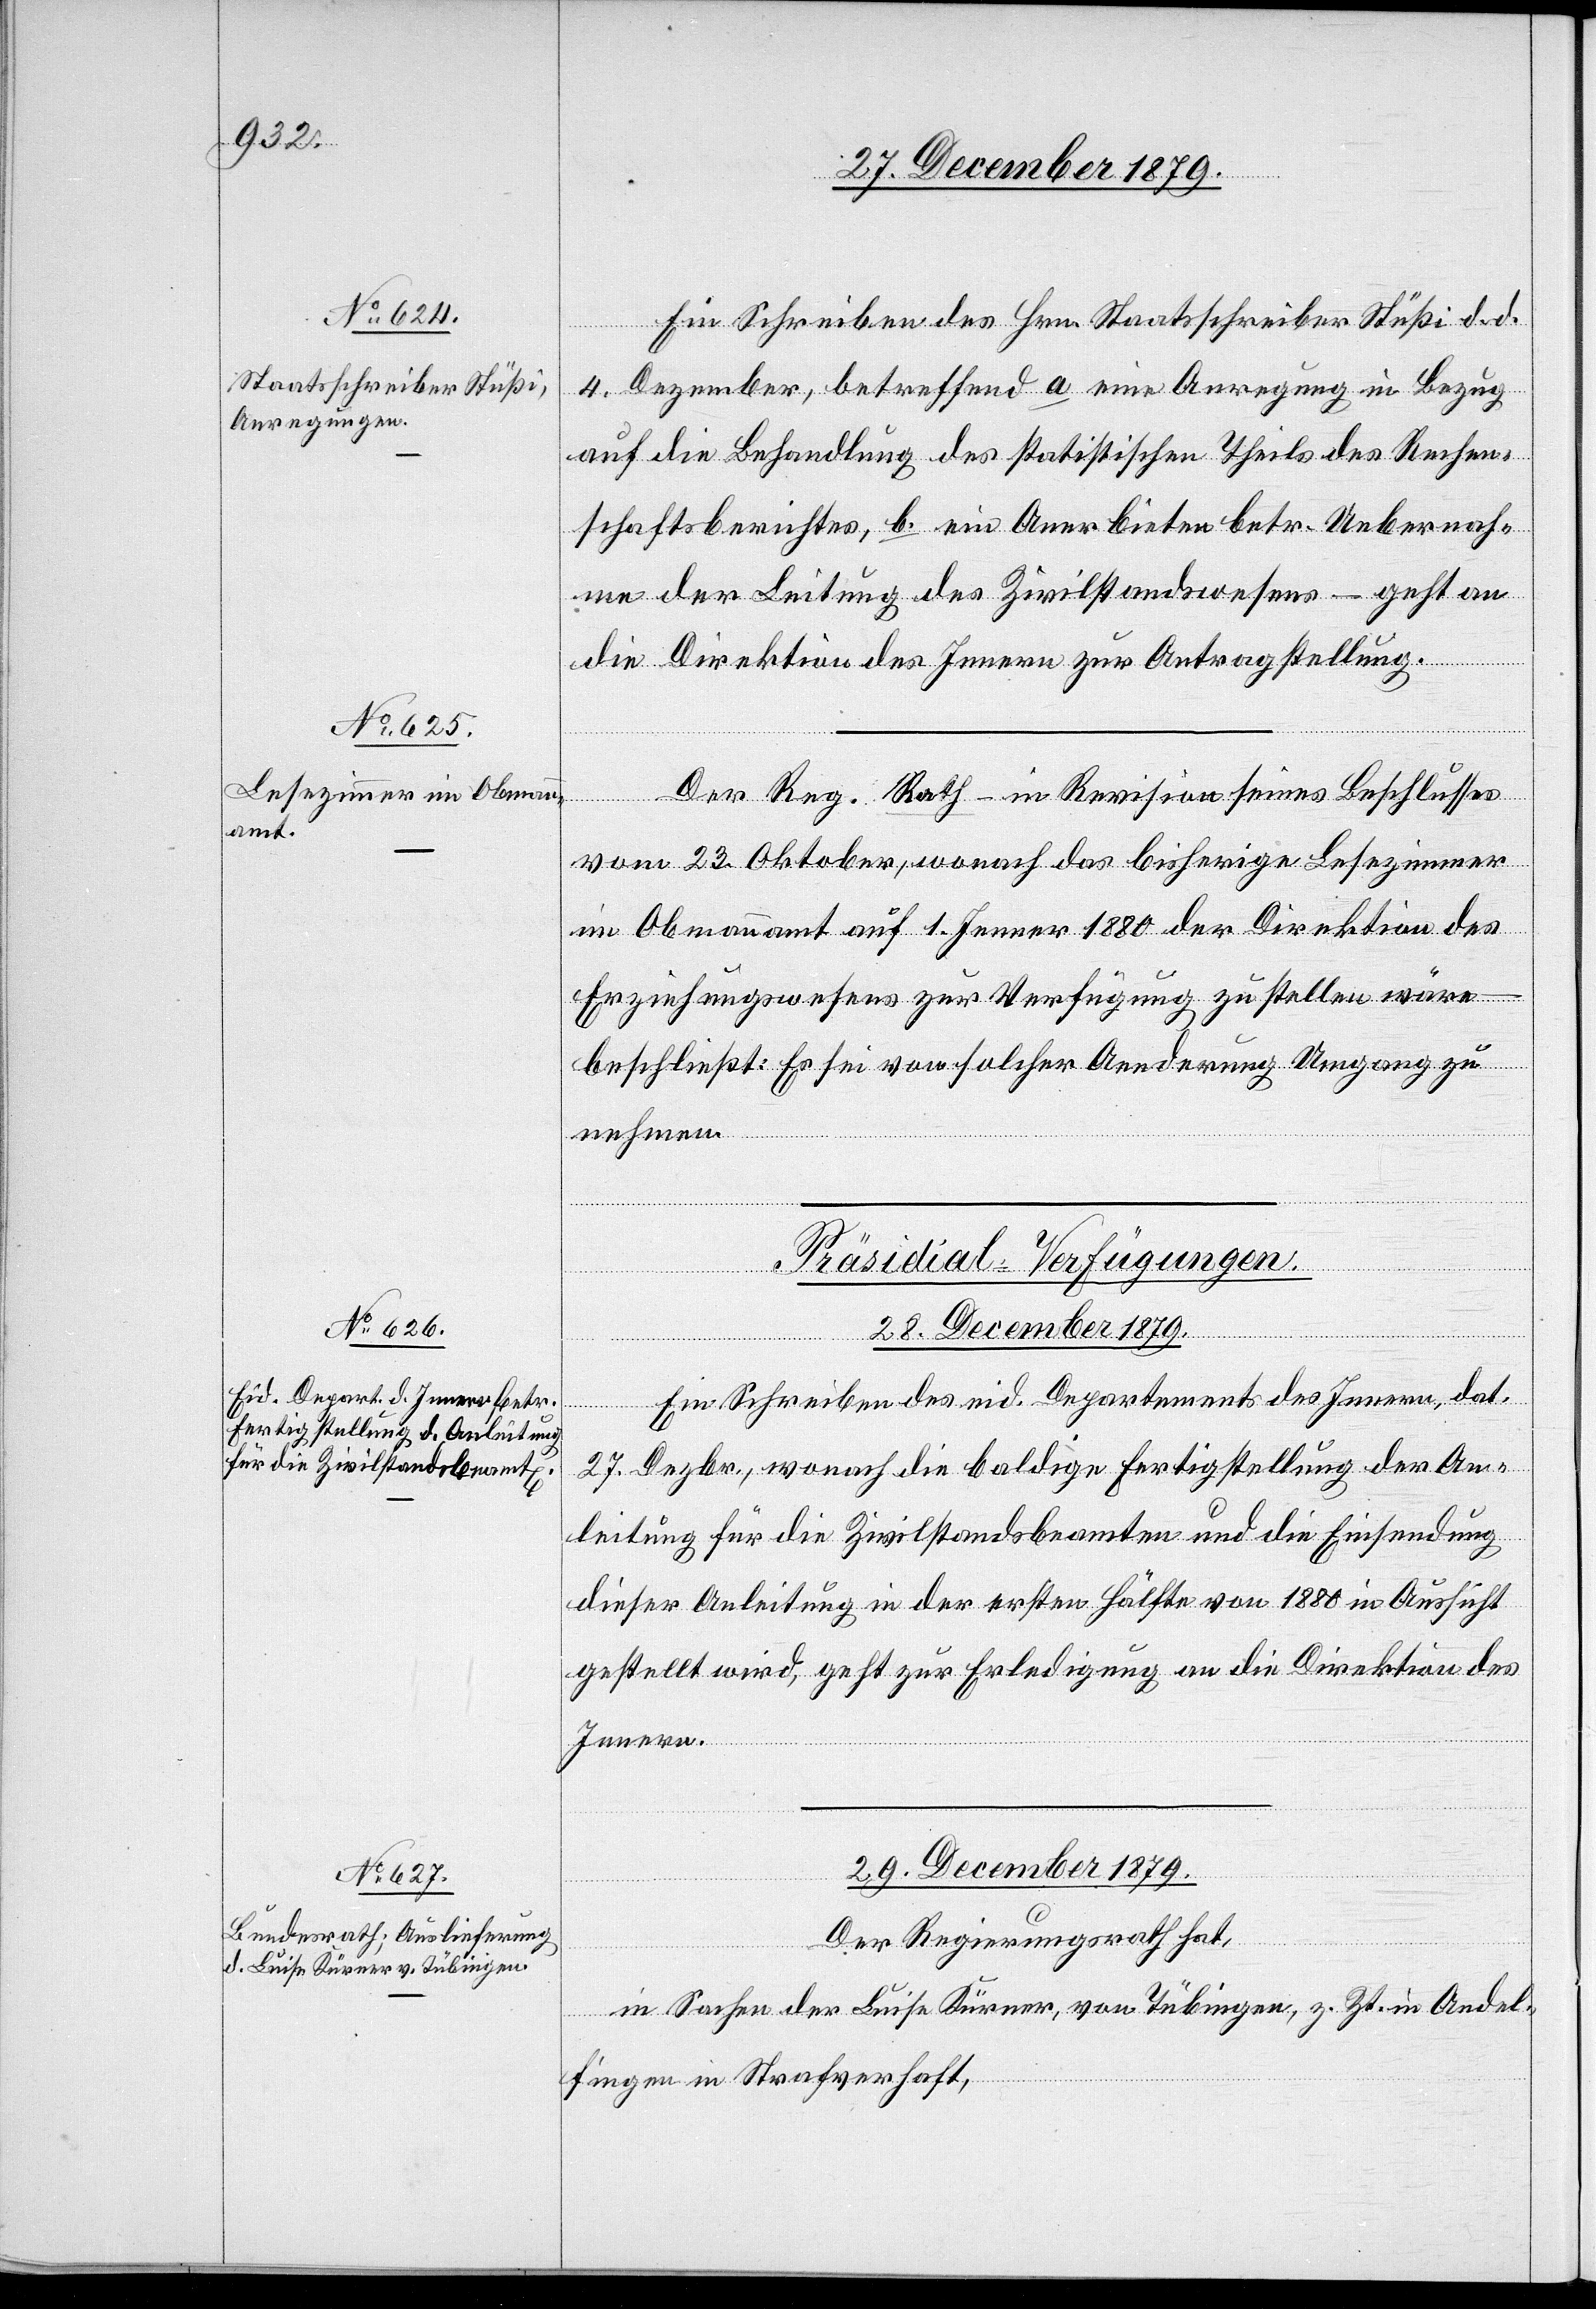
Ein Schreiben des Hrn. Staatsschreiber Stüßi d. d.
4. Dezember, betreffend a. eine Anregung in Bezug
auf die Behandlung des statistischen Theils des Rechen¬
schaftsberichtes, b. ein Anerbieten betr. Uebernah¬
me der Leitung des Zivilstandswesens – geht an
die Direktion des Innern zur Antragstellung.
Der Reg. Rath – in Revision seines Beschlusses
vom 23. Oktober, wonach das bisherige Lesezimmer
im Obmannamt auf 1. Jenner 1880 der Direktion des
Erziehungswesens zur Verfügung zu stellen wäre
beschließt: Es sei von solcher Aenderung Umgang zu
nehmen.
[Präsidial-Verfügungen.]
28. December 1879.
Ein Schreiben des eid. Departement des Innern, dat.
27. Dezbr., wonach die baldige Fertigstellung der An¬
leitung für die Zivilstandsbeamten und die Einsendung
dieser Anleitung in der ersten Hälfte von 1880 in Aussicht
gestellt wird, geht zur Erledigung an die Direktion des
Innern.
29. December 1879.
Der Regierungsrath hat,
in Sachen der Luise Kürner, von Tübingen, z. Zt. in Andel¬
fingen in Strafanstalt,